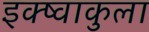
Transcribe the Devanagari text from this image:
इक्ष्वाकुला